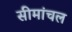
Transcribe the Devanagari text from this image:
सीमांचल